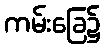
ကမ်းခြေ၌